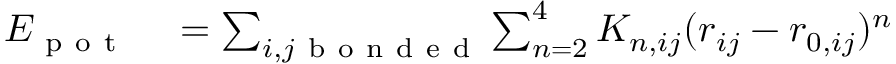
\begin{array} { r l } { E _ { \mathrm { ~ p ~ o ~ t ~ } } } & { { } = \sum _ { i , j \mathrm { ~ b ~ o ~ n ~ d ~ e ~ d ~ } } \sum _ { n = 2 } ^ { 4 } K _ { n , i j } ( r _ { i j } - r _ { 0 , i j } ) ^ { n } } \end{array}